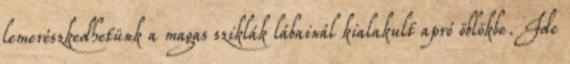
lemerészkedhetünk a magas sziklák lábainál kialakult apró öblökbe. Ide